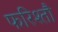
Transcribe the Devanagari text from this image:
फरिश्तौ